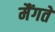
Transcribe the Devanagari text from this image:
मैंगते